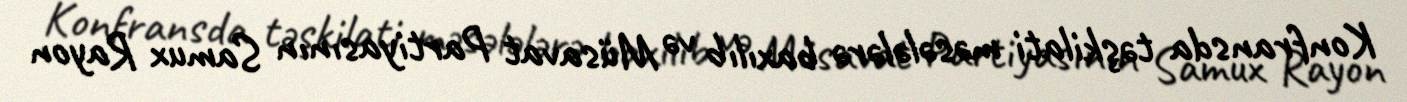
Konfransda təşkilati məsələlərə baxılıb və Müsavat Partiyasının Samux Rayon